Indian journal of veterinary science and animal husbandry - Volume 14,
Year: 1944
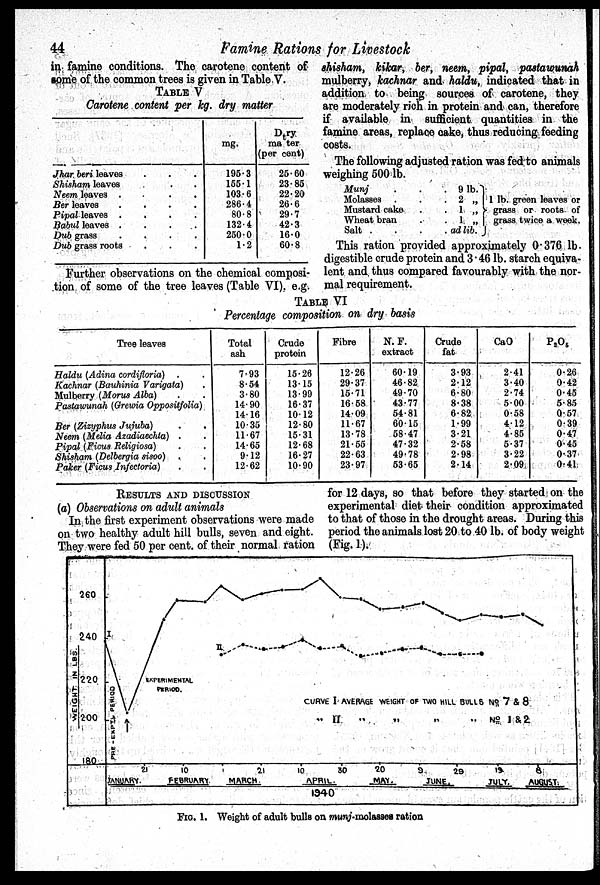
44
Famine Rations for Livestock
in famine conditions. The carotene content of
some of the common trees is given in Table V.
TABLE V
Carotene content per kg. dry matter
Jhar beri leaves . . .
Shisham leaves . . .
Neem leaves
.
.
.
.
Ber leaves . . . .
Pipal leaves
. . . .
Babul leaves
.
.
.
.
Dub grass
.
.
.
.
Dub grass roots . . .
mg.
195.3
155.1
103.6
286.4
80.8
132.4
250.0
1.2
Dry
matter
(per cent)
25.60
23.85
22.20
26.6
29.7
42.3
16.0
60.8
Further observations on the chemical composi-
tion of some of the tree leaves (Table VI), e.g.
shisham, kikar, ber, neem, pipal, pastawunah
mulberry, kachnar and haldu, indicated that in
addition to being sources of carotene, they
are moderately rich in protein and can, therefore
if available in sufficient quantities in the
famine areas, replace cake, thus reducing feeding
costs.
The following adjusted ration was fed to animals
weighing 500 lb.
Munj . . .
Molasses . . .
Mustard cake . .
Wheat bran . .
Salt . . . .
9lb.
2 „
1
„
1 „
ad lib.
I lb. green leaves or
grass or roots of
grass twice a week.
This ration provided approximately 0.376 lb.
digestible crude protein and 3.46 lb. starch equiva-
lent and thus compared favourably with the nor-
mal requirement.
TABLE VI
Percentage composition on dry basis
Tree leaves
Haldu (Adina cordifloria) . .
Kachnar (Bauhinia Varigata) .
Mulberry (Morus Alba) . .
Pastawunah (Grewia Oppositfolia)
Ber (Zizyphus Jujuba) . .
Neem (Melia Azadiaechta) . .
Pipal (Ficus Religiosa) . .
Shisham (Delbergia sisoo) . .
Paker (Ficus Infectoria) . .
Total
ash
7.93
8.54
3.80
14.90
14.16
10.35
11.67
14.65
9.12
12.62
Crude
protein
15.26
13.15
13.99
16.37
10.12
12.80
15.31
12.68
16.27
10.90
Fibre
12.26
29.37
15.71
16.58
14.09
11.67
13.78
21.55
22.63
23.97
N. F.
extract
60.19
46.82
49.70
43.77
54.81
60.15
58.47
47.32
49.78
53.65
Crude
fat
3.93
2.12
6.80
8.38
6.82
1.99
3.21
2.58
2.98
2.14
CaO
2.41
3.40
2.74
5.00
0.58
4.12
4.85
5.37
3.22
2.09
P 2 O 5
0.26
0.42
0.45
5.85
0.57
0.39
0.47
0.45
0.37
0.41
RESULTS AND DISCUSSION
(a) Observations on adult animals
In the first experiment observations were made
on two healthy adult hill bulls, seven and eight.
They were fed 50 per cent. of their normal ration
for 12 days, so that before they started on the
experimental diet their condition approximated
to that of those in the drought areas. During this
period the animals lost 20 to 40 lb. of body weight
(Fig. 1).
FIG 1. Weight of adult bulls on munj-molasses ration